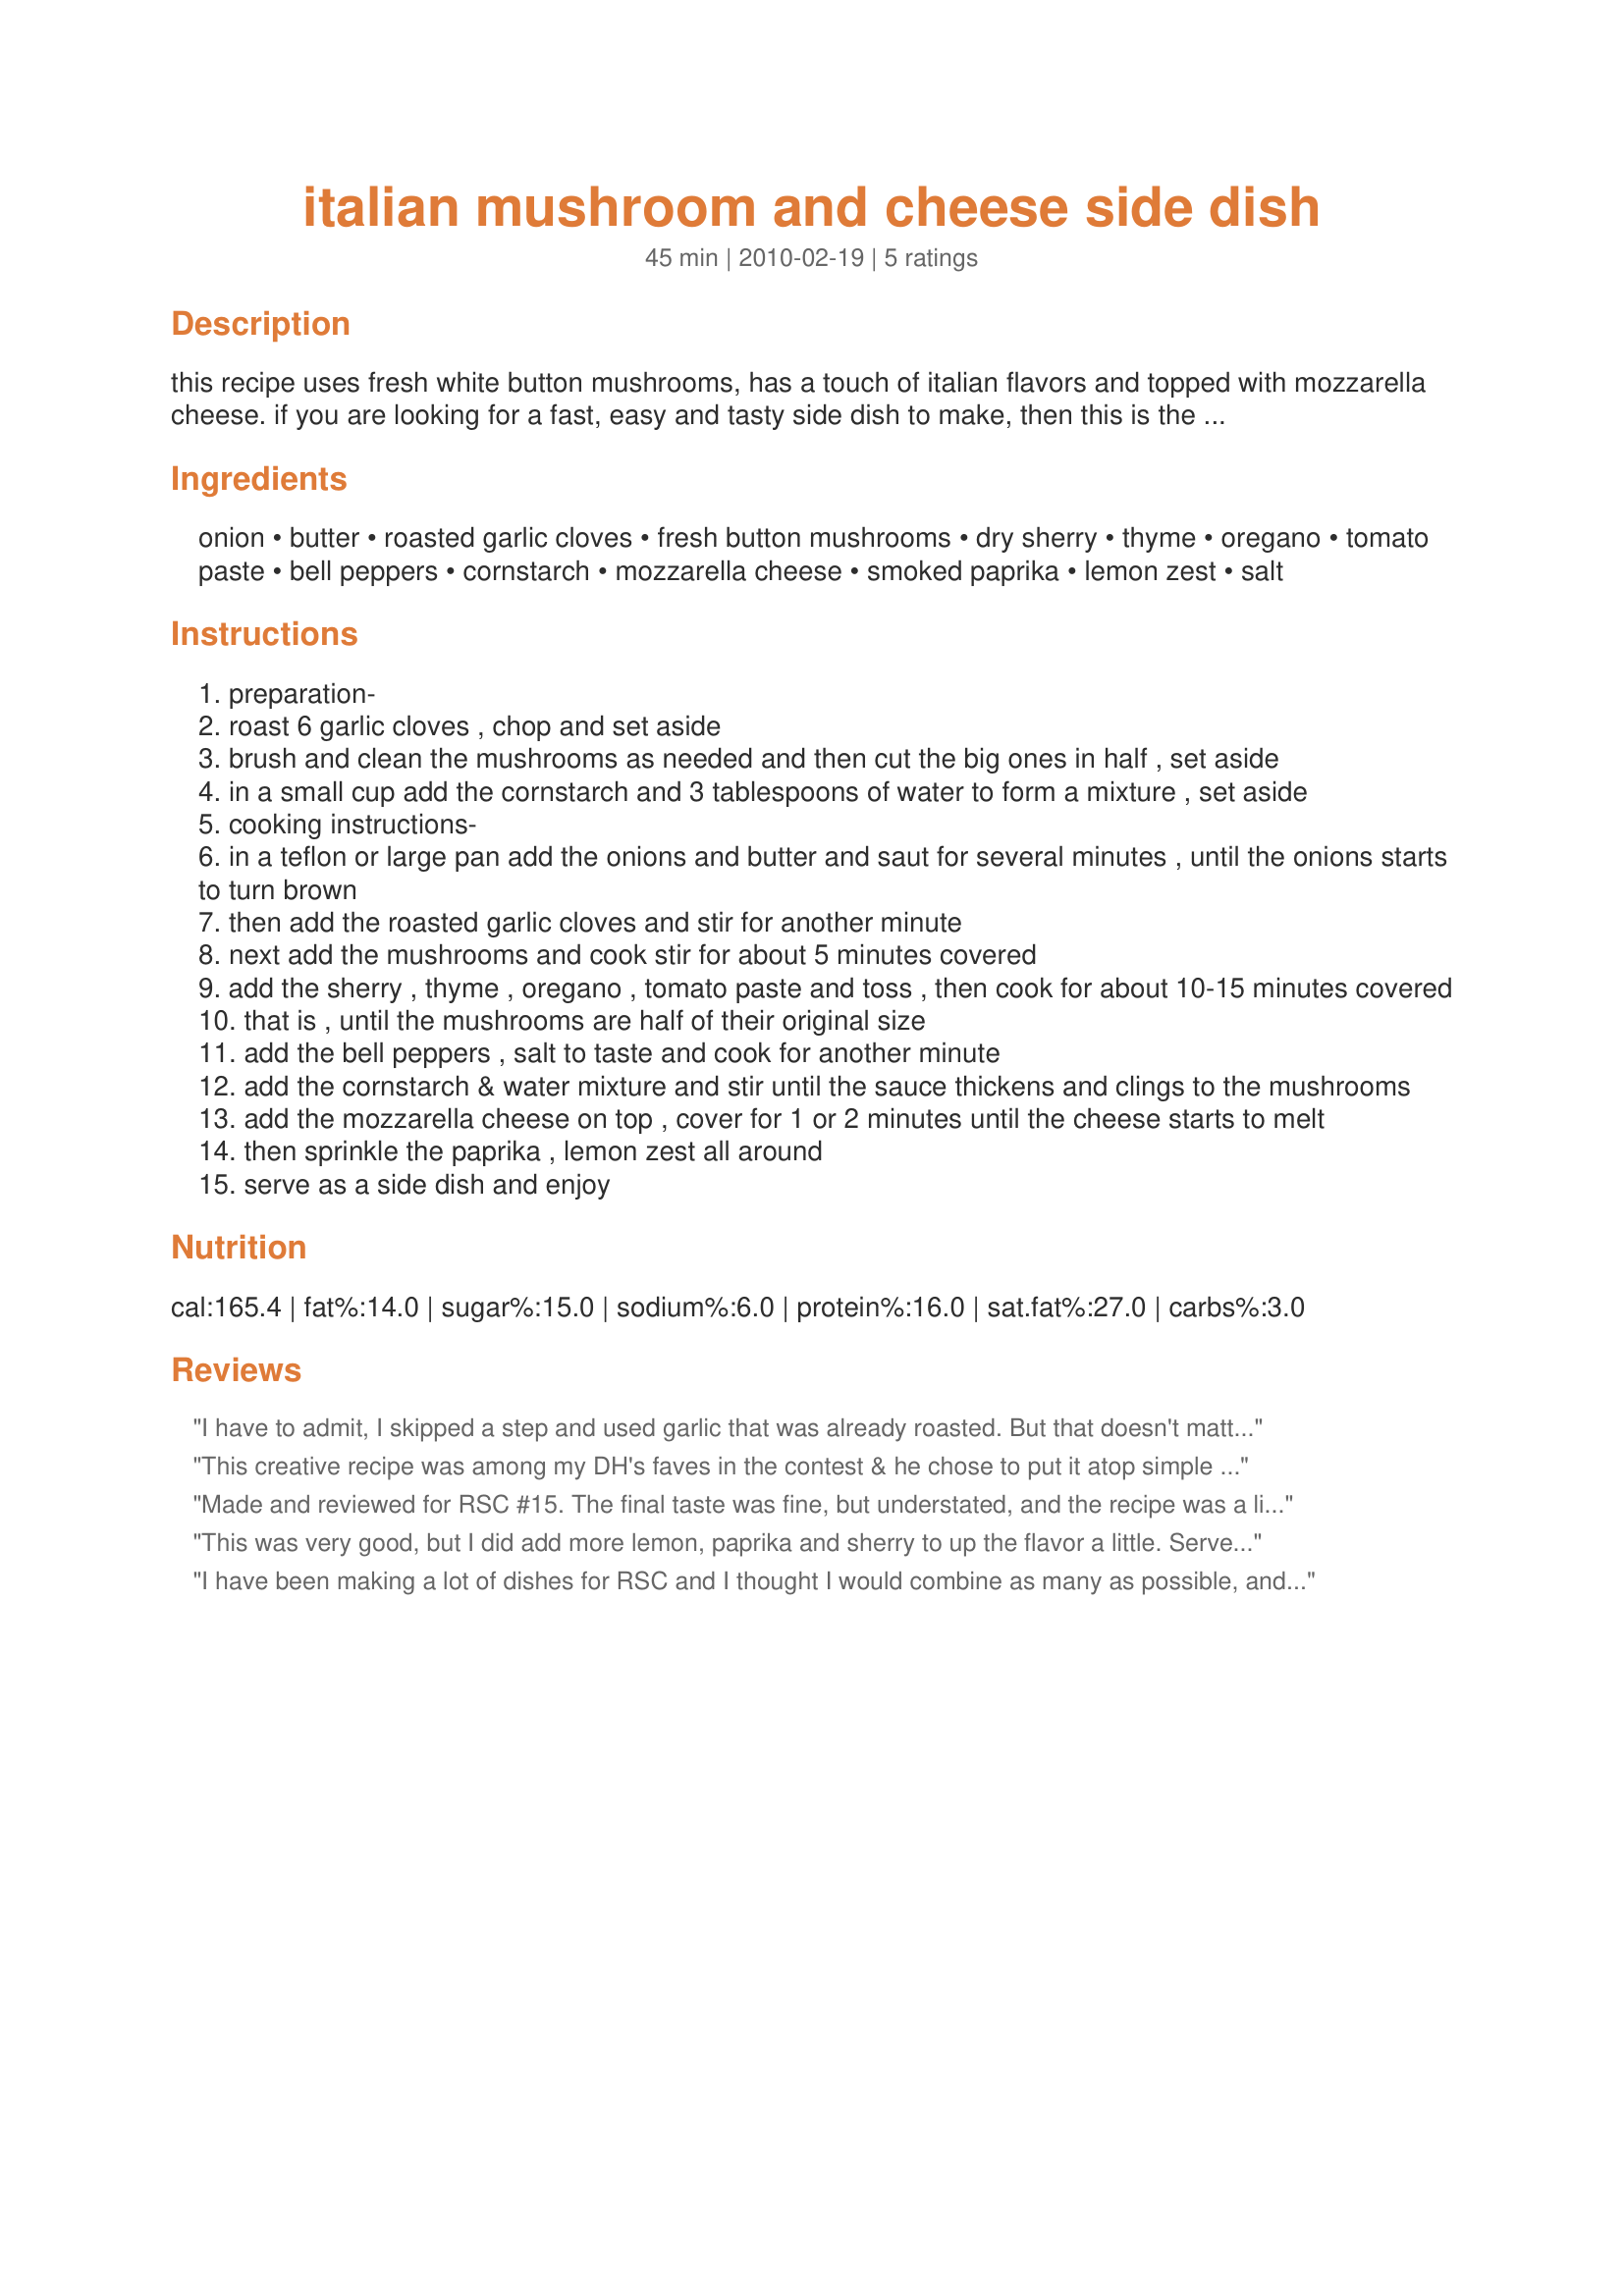
italian mushroom and cheese side dish
Preparation time: 45 minutes

this recipe uses fresh white button mushrooms, has a touch of italian flavors and topped with mozzarella cheese. if you are looking for a fast, easy and tasty side dish to make, then this is the one to try and enjoy.

Ingredients:
onion, butter, roasted garlic cloves, fresh button mushrooms, dry sherry, thyme, oregano, tomato paste, bell peppers, cornstarch, mozzarella cheese, smoked paprika, lemon zest, salt

Steps:
preparation-
roast 6 garlic cloves , chop and set aside
brush and clean the mushrooms as needed and then cut the big ones in half , set aside
in a small cup add the cornstarch and 3 tablespoons of water to form a mixture , set aside
cooking instructions-
in a teflon or large pan add the onions and butter and saut for several minutes , until the onions starts to turn brown
then add the roasted garlic cloves and stir for another minute
next add the mushrooms and cook stir for about 5 minutes covered
add the sherry , thyme , oregano , tomato paste and toss , then cook for about 10-15 minutes covered
that is , until the mushrooms are half of their original size
add the bell peppers , salt to taste and cook for another minute
add the cornstarch & water mixture and stir until the sauce thickens and clings to the mushrooms
add the mozzarella cheese on top , cover for 1 or 2 minutes until the cheese starts to melt
then sprinkle the paprika , lemon zest all around
serve as a side dish and enjoy

Reviews:
I have to admit, I skipped a step and used garlic that was already roasted. But that doesn't matter, what matters is that it was a good recipe, but a little underwhelming. I used more bell pepper and cheese than what the recipe prescribed (not the chef's fault, but when it cimes to cheese recipe I always add more cheese to it). I liked the way the cornstarch thickened the sauce, it was a nice thing to include. I also like the addition of the tomato paste. I think the seasonings need to be doubled though.
This creative recipe was among my DH's faves in the contest & he chose to put it atop simple roasted potatoes vs eat as a side-dish. From a cook's view, I found the recipe structure faulted in sml ways: 1) I have apparently become too much a creature of cooking habits & prone to error when the order of the listed ingredients does not match the prep. My error was to make the cornstarch mixture early on, set it aside & then forget it existed as part of the recipe. My bad, I know, & there was more liquid than ideal. 2) Prep step #8 said to "cook stir for about 5 min covered". I could not figure out how to cook stir something covered, so I didn't bother w/a cover. 3) IMHO, after Prep step 11 (which I sadly overlooked in error), it is best to transfer the pan contents to a serving dish & then complete the final prep steps so it is table-ready to serve. Otherwise you are skillet serving it to the table .. or .. messing up your final assembly to transfer it to a serving dish. All that said, this was a tasty dish enjoyed by both of us. Made for RSC #15 ~ Thx for sharing your recipe & good luck in the contest.
Made and reviewed for RSC #15. The final taste was fine, but understated, and the recipe was a little awkward because the cook tried a little too hard to fit in the prescribed number of ingredients. It is too uneconomical to heat an oven to roast 6 garlic cloves, so I used chopped fresh garlic, I'm afraid. The thyme and oregano were too little to make much impact, and the 2 teaspoons bell peppers ... hey, too little!! Same for the sherry, paprika, and lemon zest! (Mushrooms can handle quite a good glug of sherry!) The recipe came across as a little "hastily thrown together", but I might be wrong. If this is an inexperienced cook with her/his first creative experiment, all is forgiven! That's what made this entry hard to judge! Thanks, I'm sure a next recipe will be perfect!
This was very good, but I did add more lemon, paprika and sherry to up the flavor a little. Served with brown rice. Thanks and good luck!
I have been making a lot of dishes for RSC and I thought I would combine as many as possible, and this was a very nice side dish. Do remember to cover when you cook or you won't have any sauce, as the mushrooms will dry out. I liked the paprika and lemon zest on top as you could taste it better than if it was put in the mix, I didn't think you could taste the thyme and oregano very much I would have liked more of that, I didn't change it as I like to make the recipe the way that the chef has written it. All in all a very nice side dish very quick to make thank you. Made for RSC#15
